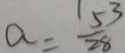
a = \frac { 5 3 } { 2 8 }